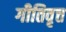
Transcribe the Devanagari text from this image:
गीतिवृत्त